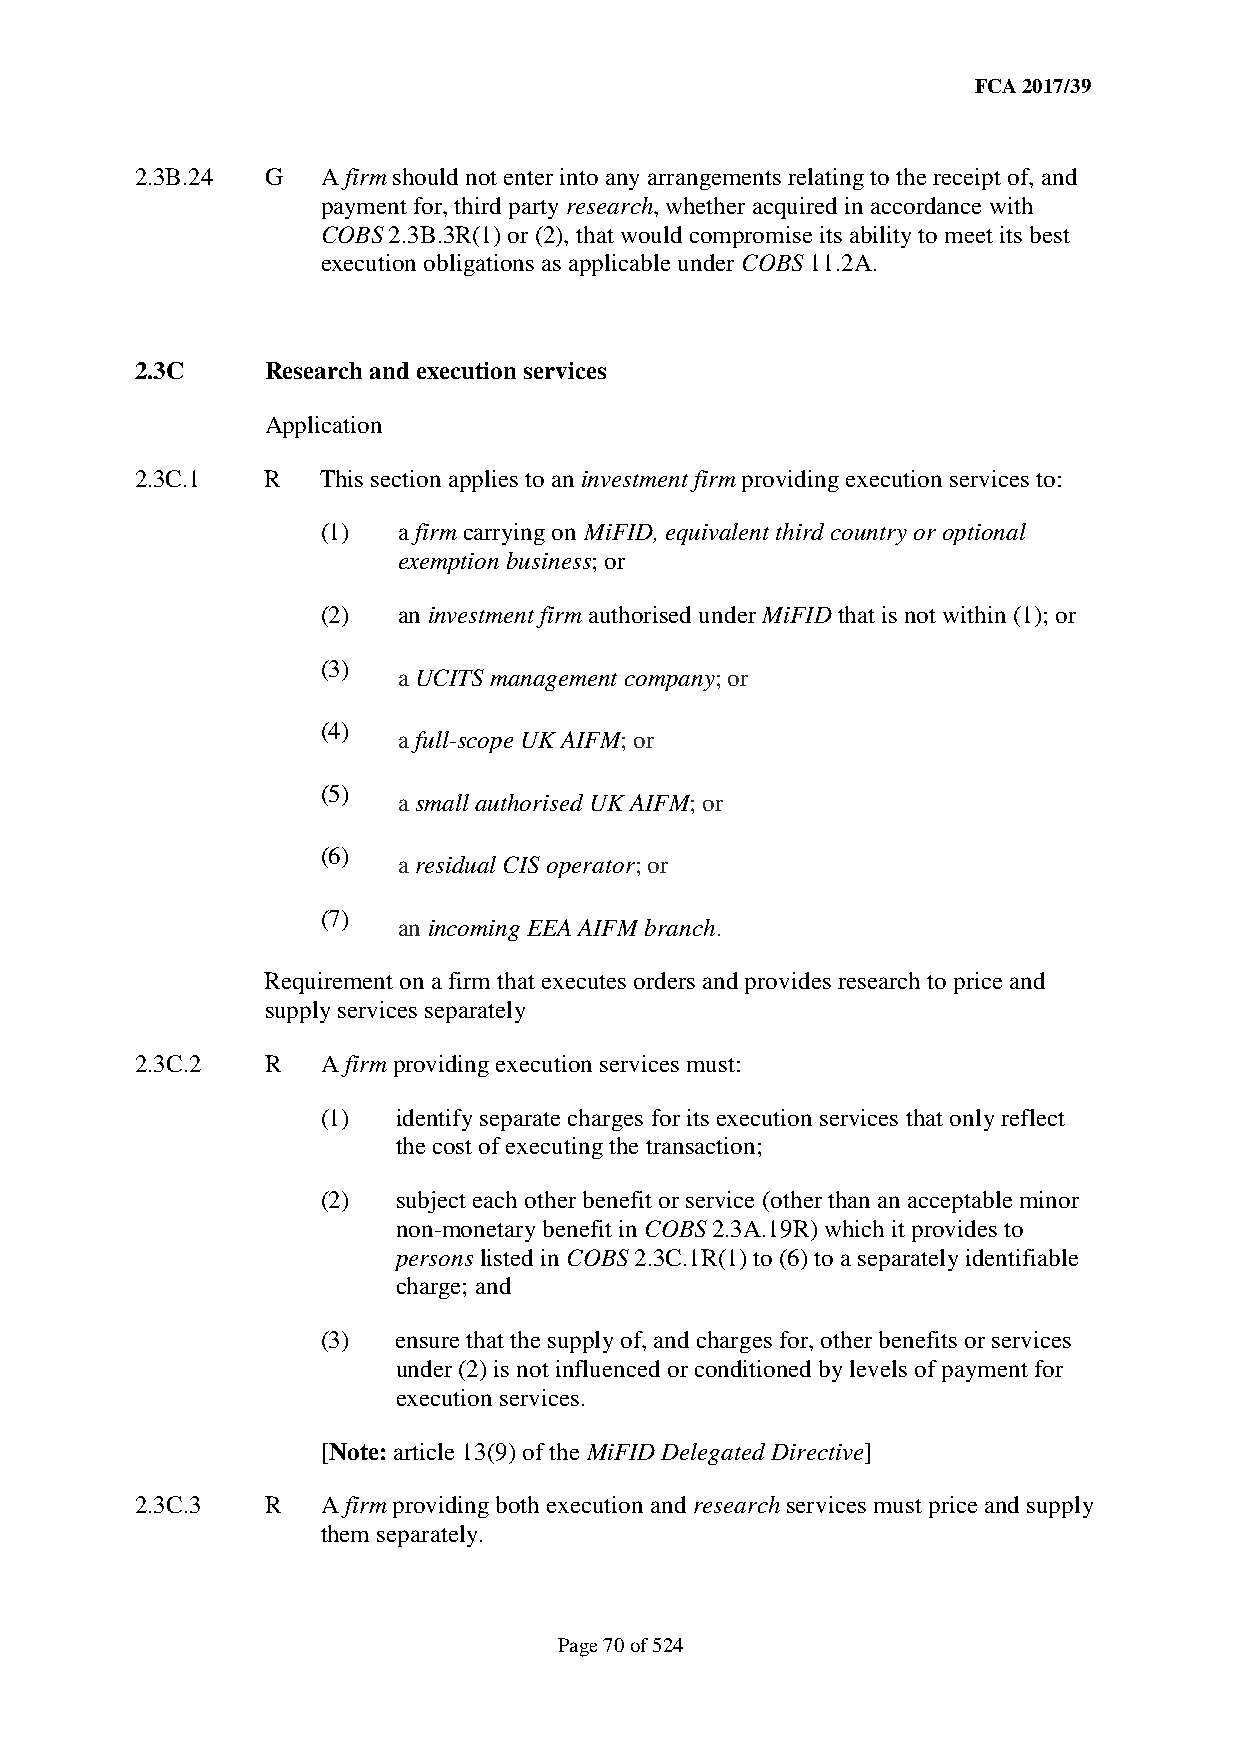
FCA 2017/39
 2.3B.24  G  A firm should not enter into any arrangements relating to the receipt of, and
 payment for, third party research, whether acquired in accordance with
 COBS 2.3B.3R(1) or (2), that would compromise its ability to meet its best
 execution obligations as applicable under COBS 11.2A.
 2.3C     Research and execution services
 Application
 2.3C.1   R  This section applies to an investment firm providing execution services to:
 (1)  a firm carrying on MiFID, equivalent third country or optional
 exemption business; or
 (2)  an investment firm authorised under MiFID that is not within (1); or
 (3)
 a UCITS management company; or
 (4)
 a full-scope UK AIFM; or
 (5)
 a small authorised UK AIFM; or
 (6)
 a residual CIS operator; or
 (7)
 an incoming EEA AIFM branch.
 Requirement on a firm that executes orders and provides research to price and
 supply services separately
 2.3C.2   R  A firm providing execution services must:
 (1)  identify separate charges for its execution services that only reflect
 the cost of executing the transaction;
 (2)  subject each other benefit or service (other than an acceptable minor
 non-monetary benefit in COBS 2.3A.19R) which it provides to
 persons listed in COBS 2.3C.1R(1) to (6) to a separately identifiable
 charge; and
 (3)  ensure that the supply of, and charges for, other benefits or services
 under (2) is not influenced or conditioned by levels of payment for
 execution services.
 [Note: article 13(9) of the MiFID Delegated Directive]
 2.3C.3   R  A firm providing both execution and research services must price and supply
 them separately.
 Page 70 of 524